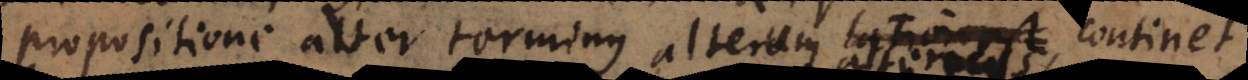
propositione alter terminus alterum continet,